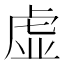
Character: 虚